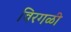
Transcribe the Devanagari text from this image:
विरगळी